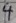
Text: 4